Lunatic asylums Central Provinces reports 1874-1885 - 1874-1885
Year: 1874
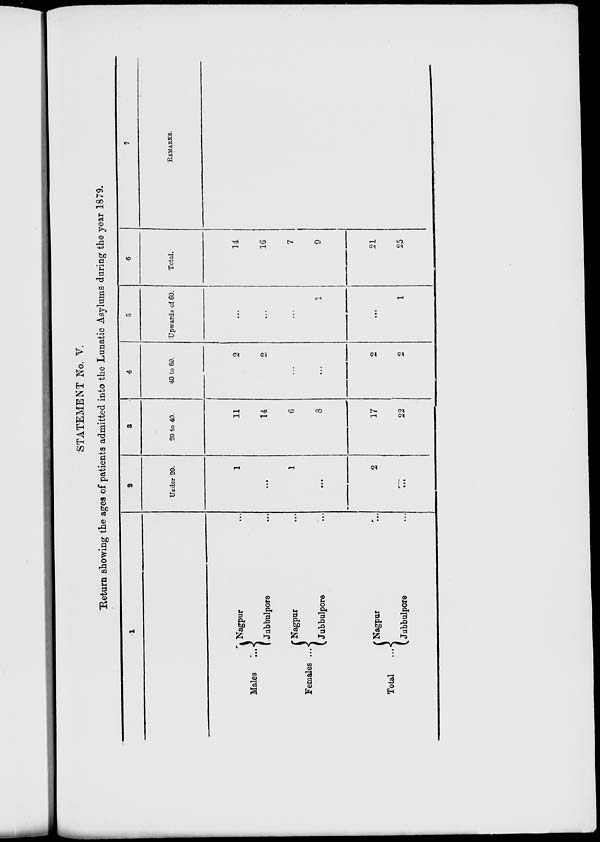
STATEMENT No. V.
Return showing the ages of patients admitted into the Lunatic Asylums during the year 1879.
1
Males ...
Females ...
Total
...
Nagpur
...
Jubbulpore
...
Nagpur
...
Jubbulpore
...
Nagpur
...
Jubbulpore
...
2
Under 20.
1
...
1
...
2
...
3
20 to 40.
11
14
6
8
17
22
4
40 to 60.
2
2
...
...
2
2
5
Upwards of 60.
...
...
...
1
...
1
6
Total.
14
16
7
9
21
25
7
REMARKS.